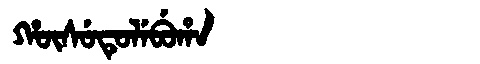
Manchu: ᡥᡡᠰᡠᡨᡠᠯᡝᠪᡠᡥᠠ
Romanization: HŪSUTULEBUHA